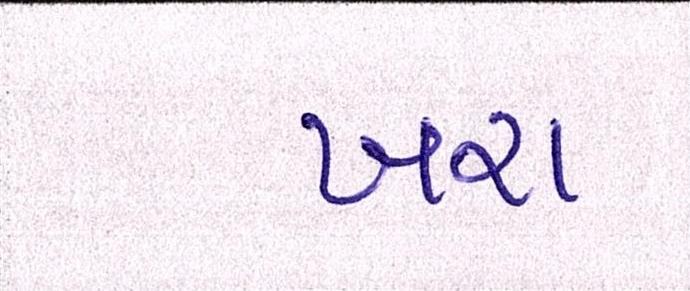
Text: ખરા